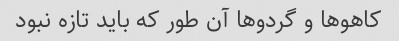
کاهو‌ها و گردو‌ها آن طور که باید تازه نبود